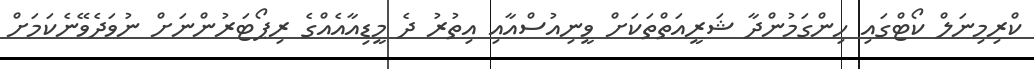
ކްރިމިނަލް ކޯޓްގައި ހިންގަމުންދާ ޝަރީއަތްތަކަށް ވީނިއުސްއާއި އިތުރު ދެ މީޑިއާއެއްގެ ރިޕޯޓަރުންނަށް ނުވަދެވޭނެކަމަށް